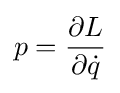
p={\frac {\partial L}{\partial {\dot {q}}}}